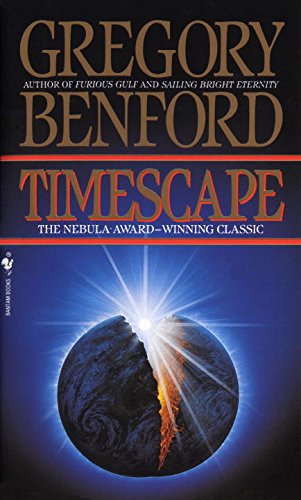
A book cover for Timescape; Gregory Benford; Science Fiction & Fantasy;